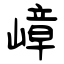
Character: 嶂